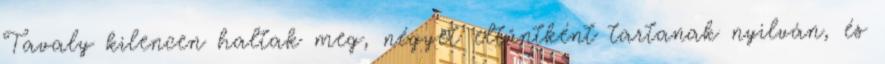
Tavaly kilencen haltak meg, négyet eltűntként tartanak nyilván, és